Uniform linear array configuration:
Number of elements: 32
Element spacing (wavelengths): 0.25
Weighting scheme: hann
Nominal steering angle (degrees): -30
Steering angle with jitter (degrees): -30.754
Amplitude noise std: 0.05
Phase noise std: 0.05

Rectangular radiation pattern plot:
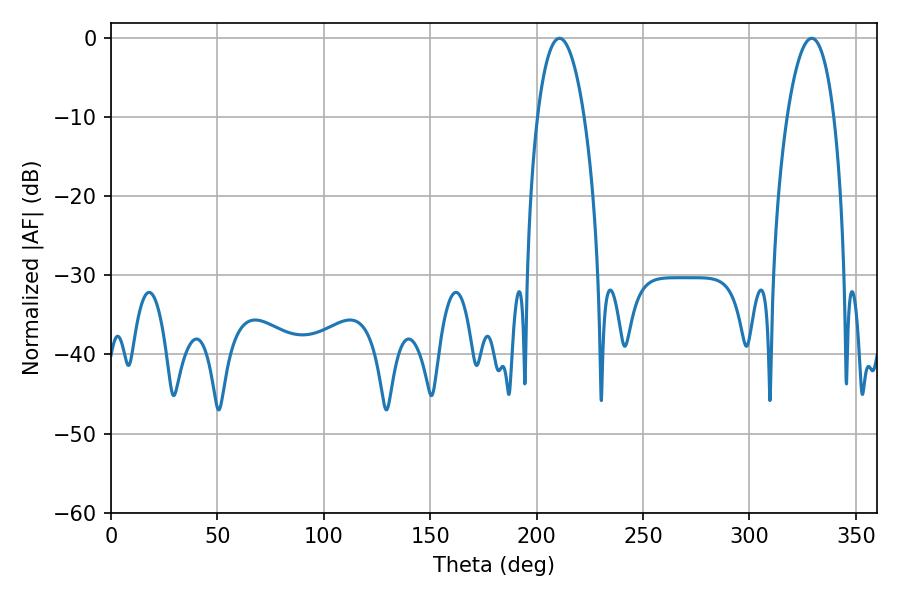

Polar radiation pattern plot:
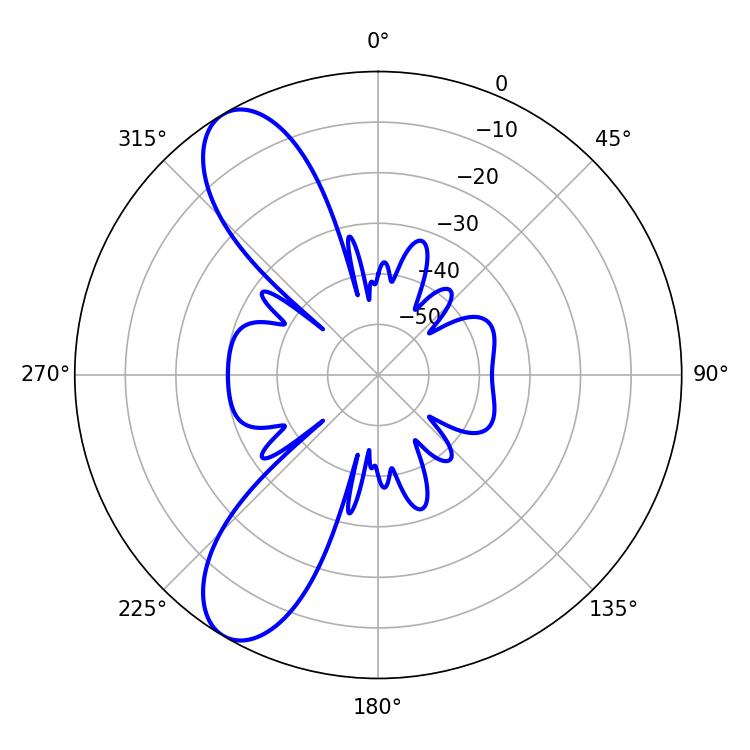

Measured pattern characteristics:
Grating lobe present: FALSE
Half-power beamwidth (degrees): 12.24
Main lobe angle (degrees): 210.78